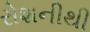
રોશનીથી